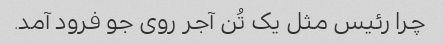
چرا رئیس مثل یک تُن آجر روی جو فرود آمد.